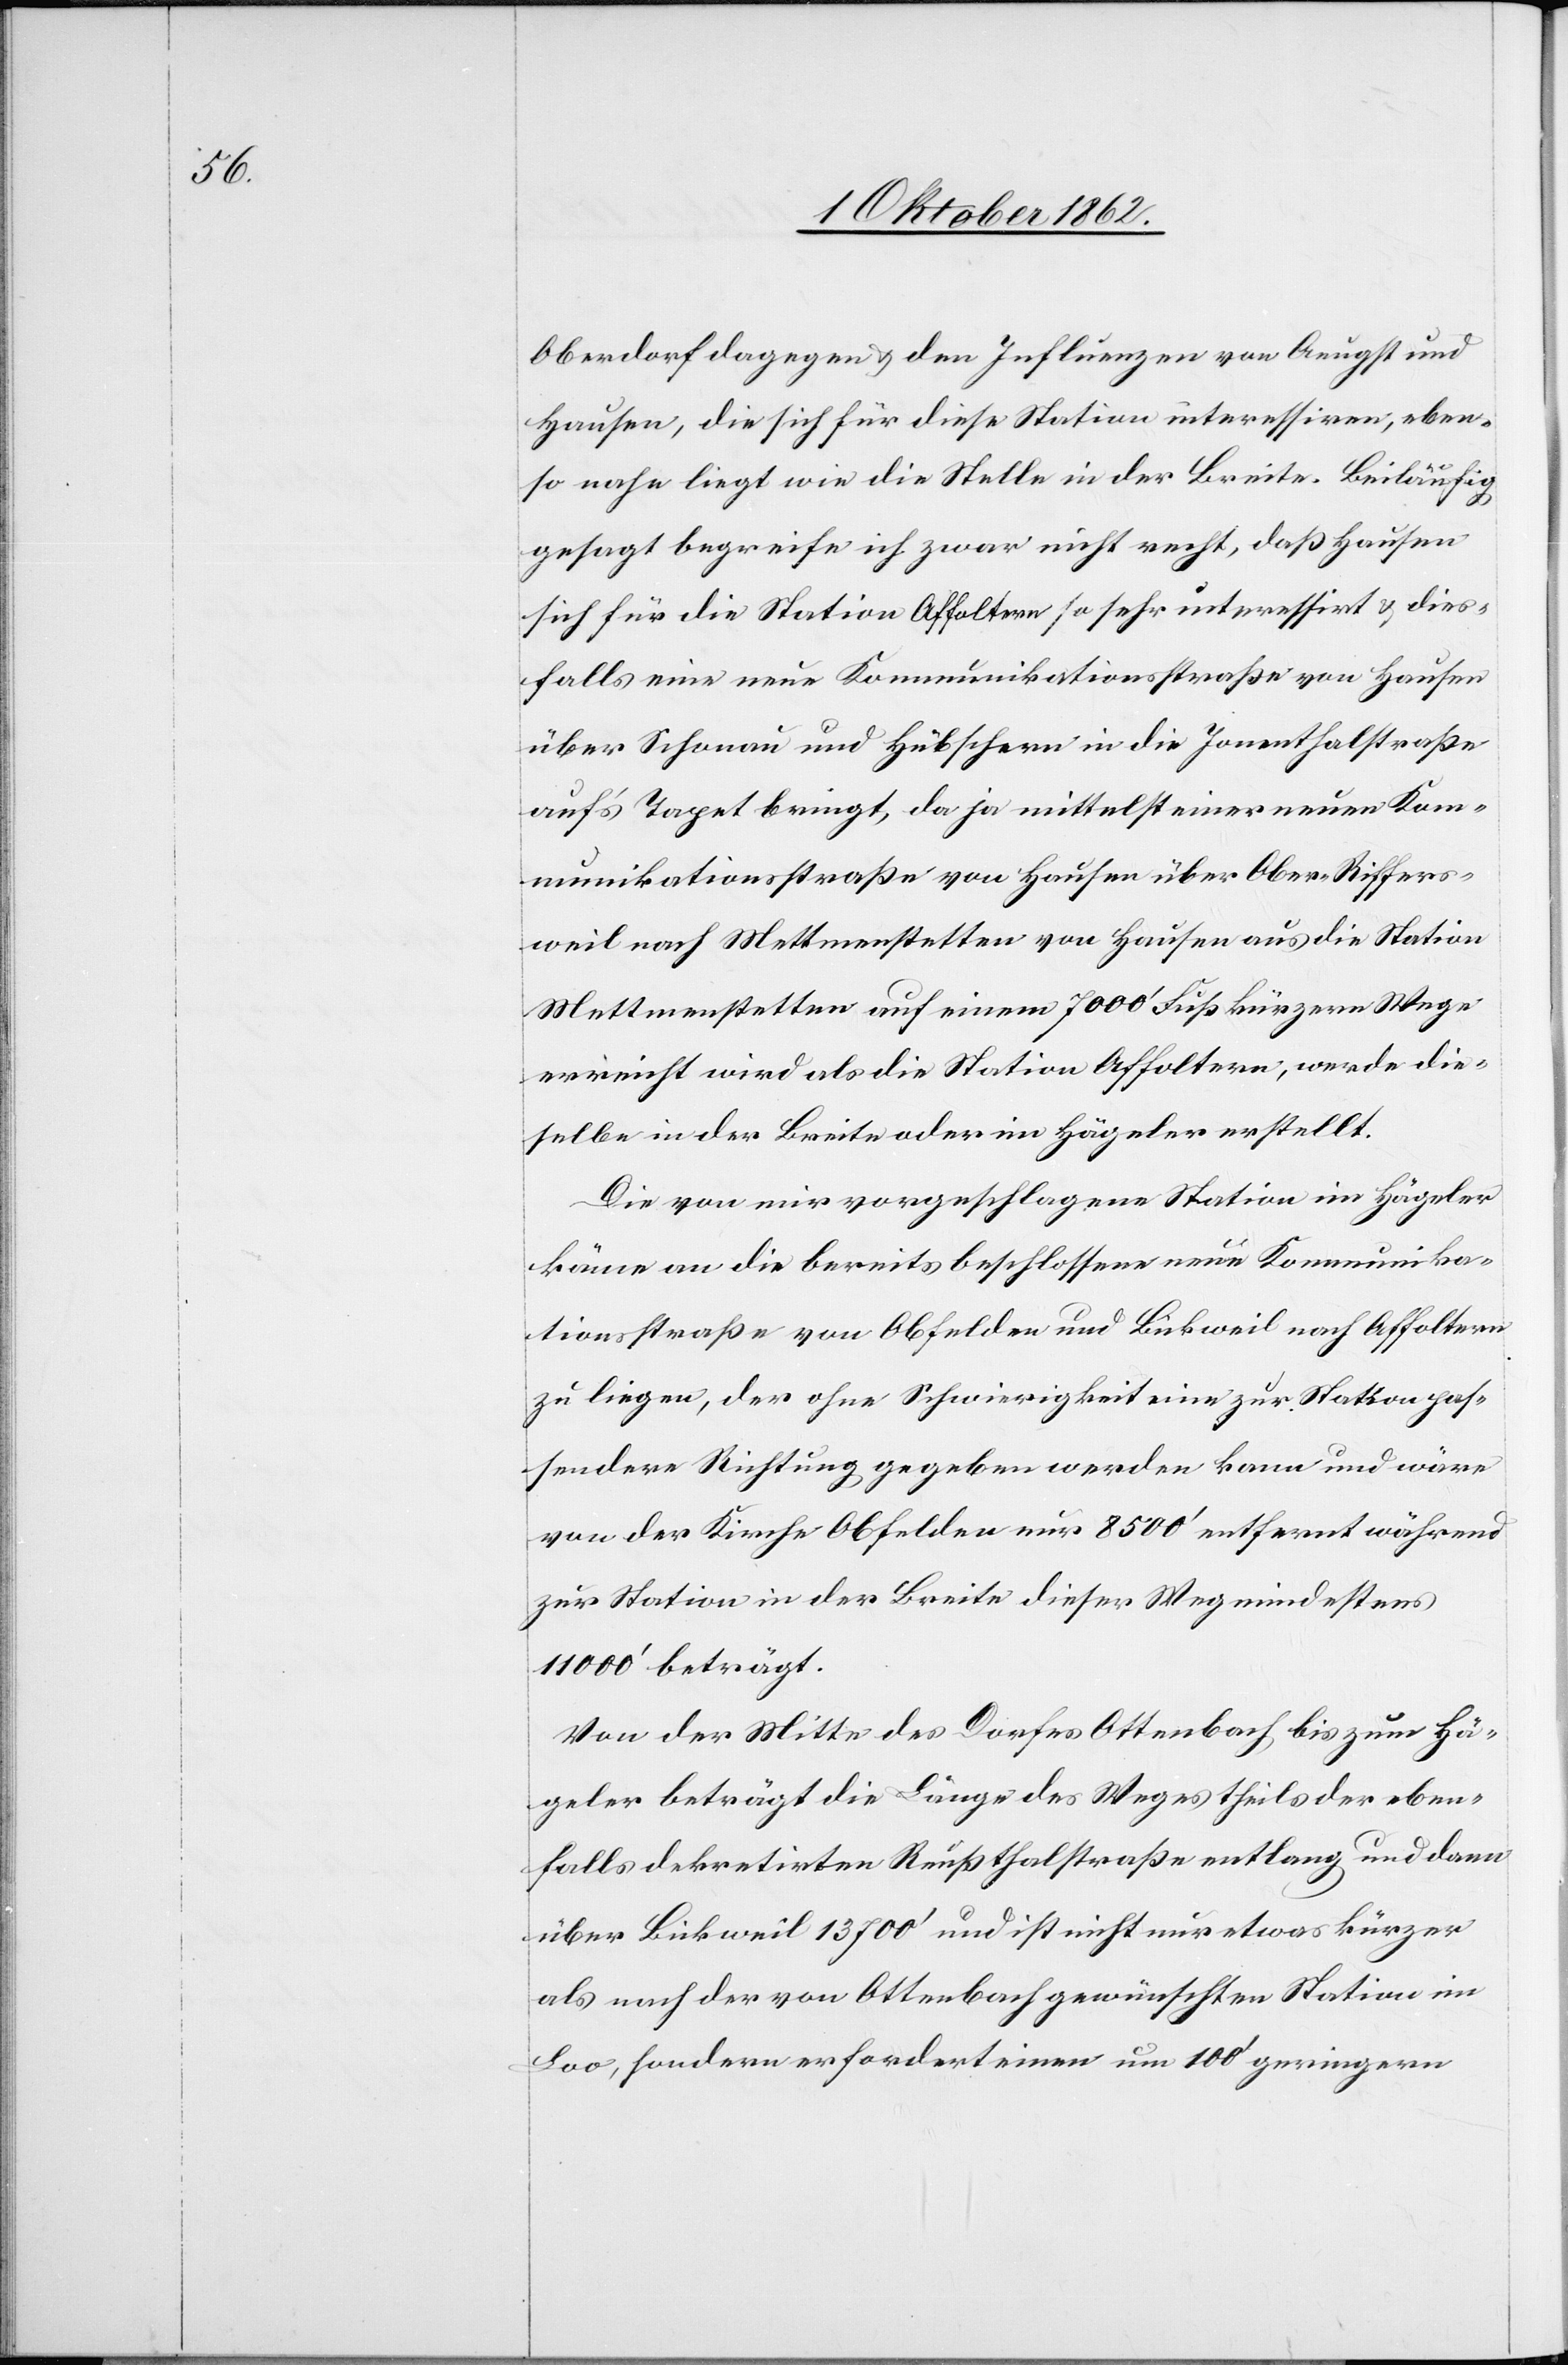
Oberdorf dagegen u. den Influenzen von Aeugst und
Hausen, die sich für diese Station interessiren, eben¬
so nahe liegt wie die Stelle in der Breite. Beiläufig
gesagt begreife ich zwar nicht recht, daß Hausen
sich für die Station Affoltern so sehr interessirt u. dies¬
falls eine neue Kommunikationsstraße von Hausen
über Schönau und Hübschern in die Jonenthalstraße
auf’s Tapet bringt, da ja mittelst einer neuen Kom¬
munikationsstraße von Hausen über Ober-Riffers¬
weil nach Mettmenstetten von Hausen aus die Station
Mettmenstetten auf einem 7000’ Fuß [sic!] kürzern Wege
erreicht wird als die Station Affoltern, werde die¬
selbe in der Breite oder im Hägeler erstellt.
Die von mir vorgeschlagene Station im Hägeler
käme an die bereits beschlossene neue Kommunika¬
tionsstraße von Obfelden und Bickweil nach Affoltern
zu liegen, der ohne Schwierigkeit eine zur Station pas¬
sendere Richtung gegeben werde kann und wäre
von der Kirche Obfelden nur 8500’ entfernt während
zur Station in der Breite dieser Weg mindestens
11000’ beträgt.
Von der Mitte des Dorfes Ottenbach bis zum Hä¬
geler beträgt die Länge des Weges theils der eben¬
falls dekretirten Reußthalstraße entlang und dann
über Bickweil 13 700’ und ist nicht nur etwas kürzer
als nach der von Ottenbach gewünschten Station in
Loo, sondern erfordert einen um 100’ geringern